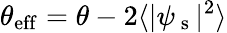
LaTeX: \theta_{\mathrm{eff}}=\theta-2\langle|\psi_{\mathrm{~s~}}|^{2}\rangle